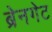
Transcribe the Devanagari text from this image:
ब्रेनगेट